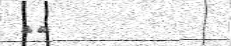
٣٧